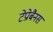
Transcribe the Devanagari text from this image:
टेप्रोबैनस